Report on the lunatic asylums under the Government of Bombay - 1904-1913
Year: 1904
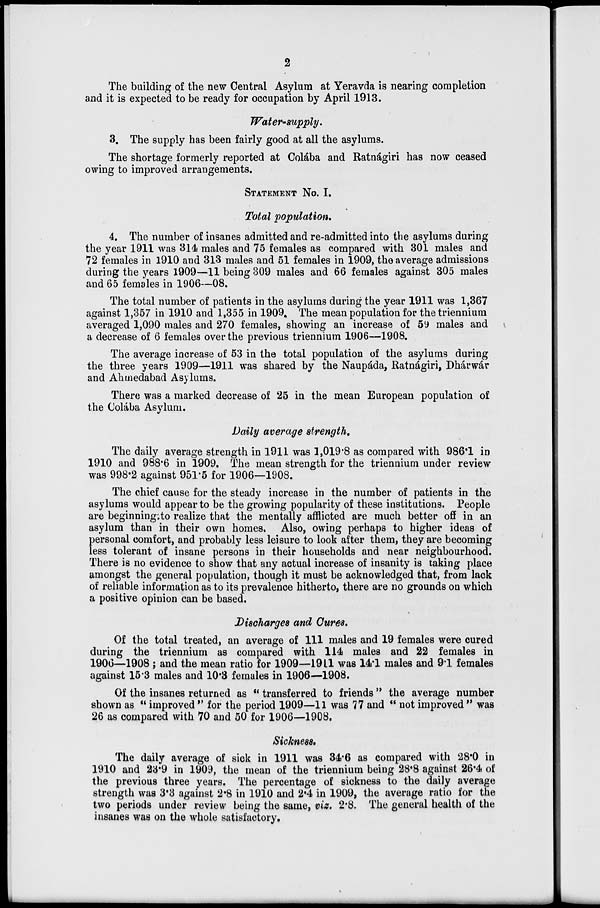
2
The building of the new Central Asylum at Yeravda is nearing completion
and it is expected to be ready for occupation by April 1913.
Water-supply.
3. The supply has been fairly good at all the asylums.
The shortage formerly reported at Colába and Ratnágiri has now ceased
owing to improved arrangements.
STATEMENT No. I.
Total population.
4. The number of insanes admitted and re-admitted into the asylums during
the year 1911 was 314 males and 75 females as compared with 301 males and
72 females in 1910 and 313 males and 51 females in 1909, the average admissions
during the years 1909—11 being 309 males and 66 females against 305 males
and 65 females in 1906—08.
The total number of patients in the asylums during the year 1911 was 1,367
against 1,357 in 1910 and 1,355 in 1909. The mean population for the triennium
averaged 1,090 males and 270 females, showing an increase of 59 males and
a decrease of 6 females over the previous triennium 1906—1908.
The average increase of 53 in the total population of the asylums during
the three years 1909—1911 was shared by the Naupáda, Ratnágiri, Dhárwár
and Ahmedabad Asylums.
There was a marked decrease of 25 in the mean European population of
the Colába Asylum.
Daily average strength.
The daily average strength in 1911 was 1,019.8 as compared with 986.1 in
1910 and 988.6 in 1909. The mean strength for the triennium under review
was 998.2 against 951.5 for 1906—1908.
The chief cause for the steady increase in the number of patients in the
asylums would appear to be the growing popularity of these institutions. People
are beginning to realize that the mentally afflicted are much better off in an
asylum than in their own homes. Also, owing perhaps to higher ideas of
personal comfort, and probably less leisure to look after them, they are becoming
less tolerant of insane persons in their households and near neighbourhood.
There is no evidence to show that any actual increase of insanity is taking place
amongst the general population, though it must be acknowledged that, from lack
of reliable information as to its prevalence hitherto, there are no grounds on which
a positive opinion can be based.
Discharges and Cures.
Of the total treated, an average of 111 males and 19 females were cured
during the triennium as compared with 114 males and 22 females in
1906—1908 ; and the mean ratio for 1909—1911 was 14.1 males and 9.1 females
against 15.3 males and 10.3 females in 1906—1908.
Of the insanes returned as " transferred to friends" the average number
shown as " improved " for the period 1909—11 was 77 and " not improved " was
26 as compared with 70 and 50 for 1906—1908.
Sickness.
The daily average of sick in 1911 was 34.6 as compared with 28.0 in
1910 and 23.9 in 1909, the mean of the triennium being 28.8 against 26.4 of
the previous three years. The percentage of sickness to the daily average
strength was 3.3 against 2.8 in 1910 and 2.4 in 1909, the average ratio for the
two periods under review being the same, viz. 2.8. The general health of the
insanes was on the whole satisfactory.